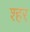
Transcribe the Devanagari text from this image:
श्हर